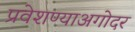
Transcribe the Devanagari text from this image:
प्रवेशण्याअगोदर